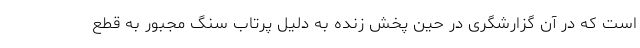
است که در آن گزارشگری در حین پخش زنده به دلیل پرتاب سنگ مجبور به قطع